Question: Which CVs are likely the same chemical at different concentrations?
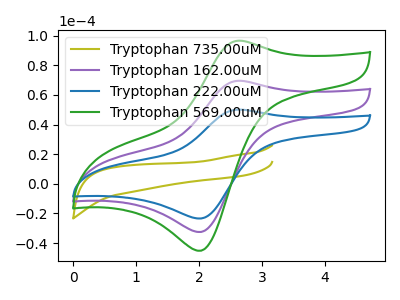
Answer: <think>The olive curve "Tryptophan 735.00uM" has no peaks. The purple curve "Tryptophan 162.00uM" has an anodic peak at (2.65V, 69.60uA) and a cathodic peak at (2.05V, -32.55uA). The blue curve "Tryptophan 222.00uM" has an anodic peak at (2.65V, 50.10uA) and a cathodic peak at (2.05V, -23.40uA). The green curve "Tryptophan 569.00uM" has an anodic peak at (2.65V, 139.20uA) and a cathodic peak at (2.05V, -65.05uA).
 "Tryptophan 735.00uM" and "Tryptophan 162.00uM" have a different number of peaks. "Tryptophan 735.00uM" and "Tryptophan 222.00uM" have a different number of peaks. "Tryptophan 735.00uM" and "Tryptophan 569.00uM" have a different number of peaks. All the peaks in "Tryptophan 162.00uM" have a peak in "Tryptophan 222.00uM" at the same potential. Every peak in "Tryptophan 162.00uM" is higher than every peak in "Tryptophan 222.00uM". All the peaks in "Tryptophan 162.00uM" have a peak in "Tryptophan 569.00uM" at the same potential. Every peak in "Tryptophan 162.00uM" is lower than every peak in "Tryptophan 569.00uM". All the peaks in "Tryptophan 222.00uM" have a peak in "Tryptophan 569.00uM" at the same potential. Every peak in "Tryptophan 222.00uM" is lower than every peak in "Tryptophan 569.00uM".</think>
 <answer>"Tryptophan 222.00uM", "Tryptophan 162.00uM" and "Tryptophan 569.00uM" have the same shape and are likely CV's of the same chemical.</answer>
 <eval>"Tryptophan 222.00uM" "Tryptophan 162.00uM" "Tryptophan 569.00uM"</eval>